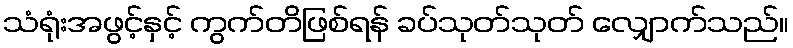
သံရုံးအဖွင့်နှင့် ကွက်တိဖြစ်ရန် ခပ်သုတ်သုတ် လျှောက်သည်။